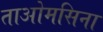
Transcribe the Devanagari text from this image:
ताओमसिना